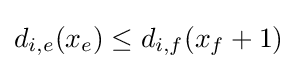
d_{i,e}(x_{e})\leq d_{i,f}(x_{f}+1)